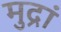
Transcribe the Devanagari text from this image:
मुद्रां